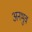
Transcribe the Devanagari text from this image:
अनभुव